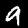
Label: 9